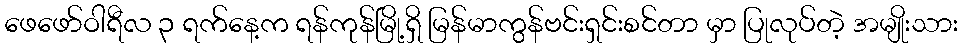
ဖေဖော်ဝါရီလ ၃ ရက်နေ့က ရန်ကုန်မြို့ရှိ မြန်မာကွန်ဗင်းရှင်းစင်တာ မှာ ပြုလုပ်တဲ့ အမျိုးသား